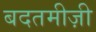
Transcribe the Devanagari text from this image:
बदतमीज़ी